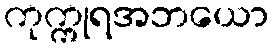
ကုက္ကုရအဘယော